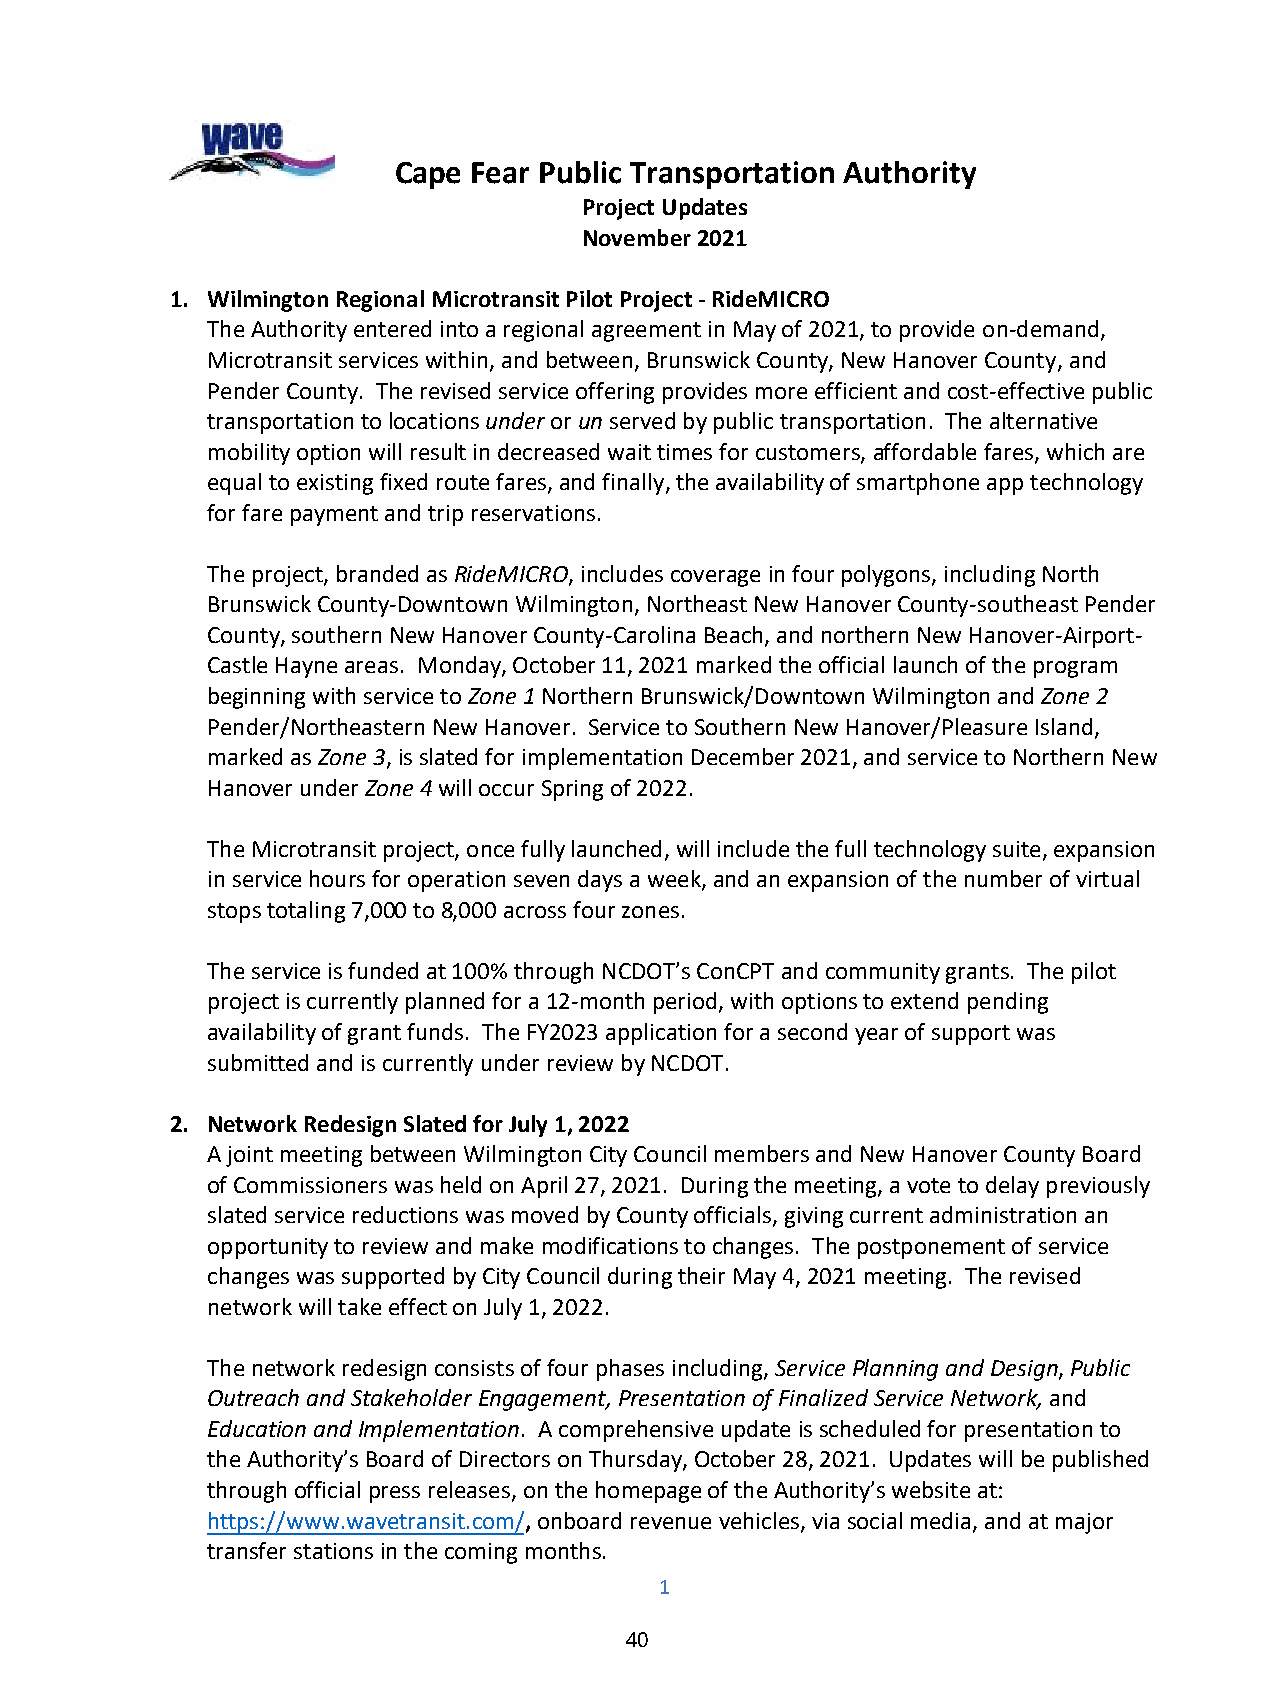
Cape Fear Public Transportation Authority
 Project Updates
 November 2021
 1. Wilmington Regional Microtransit Pilot Project - RideMICRO
 The Authority entered into a regional agreement in May of 2021, to provide on-demand,
 Microtransit services within, and between, Brunswick County, New Hanover County, and
 Pender County. The revised service offering provides more efficient and cost-effective public
 transportation to locations under or un served by public transportation. The alternative
 mobility option will result in decreased wait times for customers, affordable fares, which are
 equal to existing fixed route fares, and finally, the availability of smartphone app technology
 for fare payment and trip reservations.
 The project, branded as RideMICRO, includes coverage in four polygons, including North
 Brunswick County-Downtown Wilmington, Northeast New Hanover County-southeast Pender
 County, southern New Hanover County-Carolina Beach, and northern New Hanover-Airport-
 Castle Hayne areas. Monday, October 11, 2021 marked the official launch of the program
 beginning with service to Zone 1 Northern Brunswick/Downtown Wilmington and Zone 2
 Pender/Northeastern New Hanover. Service to Southern New Hanover/Pleasure Island,
 marked as Zone 3, is slated for implementation December 2021, and service to Northern New
 Hanover under Zone 4 will occur Spring of 2022.
 The Microtransit project, once fully launched, will include the full technology suite, expansion
 in service hours for operation seven days a week, and an expansion of the number of virtual
 stops totaling 7,000 to 8,000 across four zones.
 The service is funded at 100% through NCDOT’s ConCPT and community grants. The pilot
 project is currently planned for a 12-month period, with options to extend pending
 availability of grant funds. The FY2023 application for a second year of support was
 submitted and is currently under review by NCDOT.
 2. Network Redesign Slated for July 1, 2022
 A joint meeting between Wilmington City Council members and New Hanover County Board
 of Commissioners was held on April 27, 2021. During the meeting, a vote to delay previously
 slated service reductions was moved by County officials, giving current administration an
 opportunity to review and make modifications to changes. The postponement of service
 changes was supported by City Council during their May 4, 2021 meeting. The revised
 network will take effect on July 1, 2022.
 The network redesign consists of four phases including, Service Planning and Design, Public
 Outreach and Stakeholder Engagement, Presentation of Finalized Service Network, and
 Education and Implementation. A comprehensive update is scheduled for presentation to
 the Authority’s Board of Directors on Thursday, October 28, 2021. Updates will be published
 through official press releases, on the homepage of the Authority’s website at:
 https://www.wavetransit.com/, onboard revenue vehicles, via social media, and at major
 transfer stations in the coming months.
 1
 40